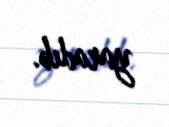
yaradıb.